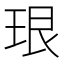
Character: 珢